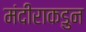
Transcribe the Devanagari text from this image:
मंदीराकडुन